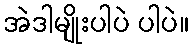
အဲဒါမျိုးပါပဲ ပါပဲ။